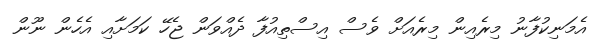
އެމަނިކުފާނު މިރެއިން މިރެއަށް ވެސް އިސްތިއުފާ ދެއްވަން ޖެހޭ ކަމަށާއި އެހެން ނޫން